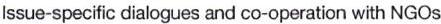
Issue-specific dialogues and co-operation with NGOs